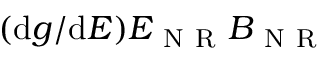
( \mathrm { d } { g } / \mathrm { d } { E } ) E _ { \mathrm { ~ N ~ R ~ } } B _ { \mathrm { ~ N ~ R ~ } }